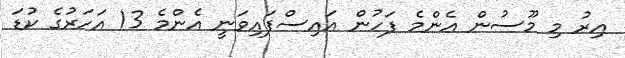
އިރު މި މޫސުން އެންމެ ފަހުން އައިސްފައިވަނީ އެންމެ 13 އަހަރުގެ ކުޑަ